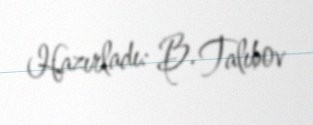
Hazırladı: B. Talıbov